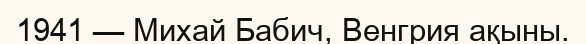
1941 — Михай Бабич, Венгрия ақыны.